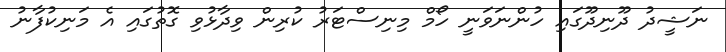
ނަޝީދު ދޫނިދޫގައި ހުންނަވަނީ ހޯމް މިނިސްޓަރު ކުރިން ވިދާޅުވި ގޮތުގައި އެ މަނިކުފާނު